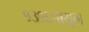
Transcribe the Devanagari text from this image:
१३१६पासून